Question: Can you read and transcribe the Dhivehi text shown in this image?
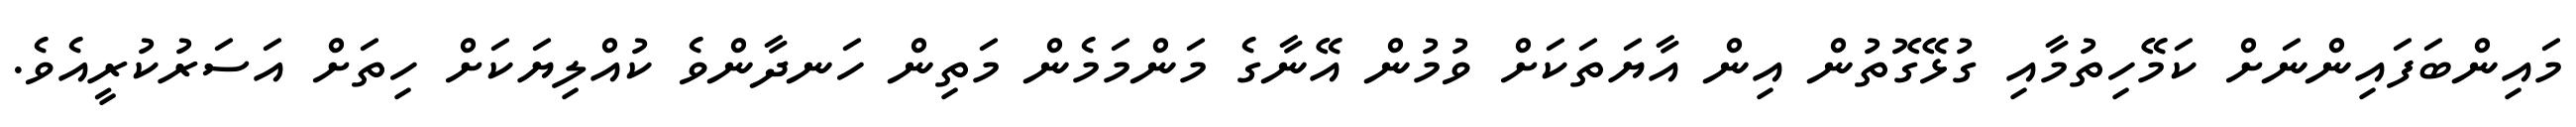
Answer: މައިންބަފައިންނަށް ކަމޭހިތުމާއި ގުޅޭގޮތުން އިން އާޔަތަކަށް ވުމުން އޭނާގެ މަންމަމެން މަތިން ހަނދާންވެ ކުއްލިޔަކަށް ހިތަށް އަސަރުކުރީއެވެ.